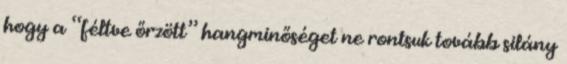
hogy a “féltve őrzött” hangminőséget ne rontsuk tovább silány